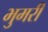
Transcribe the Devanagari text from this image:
भुमरी